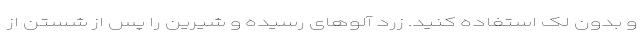
و بدون لک استفاده کنید. زرد آلوهای رسیده و شیرین را پس از شستن از